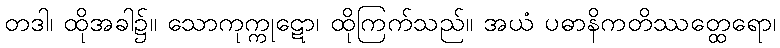
တဒါ၊ ထိုအခါ၌။ သောကုက္ကုဋော၊ ထိုကြက်သည်။ အယံ ပဓာနိကတိဿတ္ထေရော၊